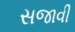
સજાવી